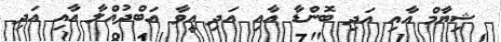
ޝިޔާމް އާއި އަދި ބޮންޑާ އާއި އަދި އީވާ އަބްދުއްލާ އާއި އަދި